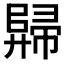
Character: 𲉕